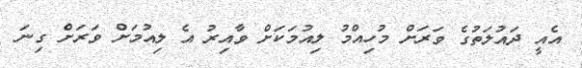
އެއީ ދައުލަތުގެ ވަރަށް މުހިއްމު ލިއުމަކަށް ވާއިރު އެ ލިއުމަށް ވަރަށް ގިނަ